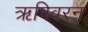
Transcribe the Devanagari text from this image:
ऋषिवरन